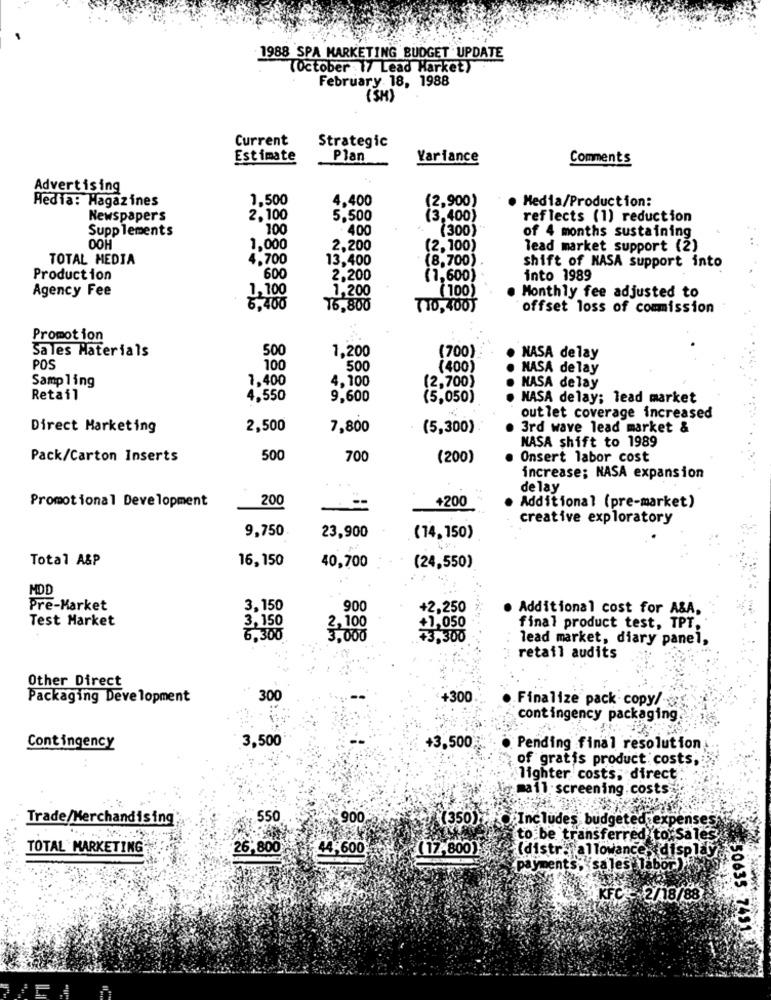
1988 SPA MARKETING BUDGET UPDATE
(October . 17 Lead Harket)
February 18, 1988
(SH)
Current
Strategic
Estimate
Plan
Variance
Comments
Advertising
Media: Magazines
1.500
4,400
(2,900)
. Media/Production:
Newspaper's
2,100
5.500
(3,400)
reflects (1) reduction
Supplements
100
400
(300)
of 4 months sustaining
OOH
1,000
2,200
(2,100)
lead market support (2)
TOTAL MEDIA
4.700
13,400
(8,700)
600
shift of NASA support into
Production
2,200
(1,600)
into 1989
Agency Fee
1,100
1,200
(100)
Monthly fee adjusted to
5,400
16,800
TTO,400)
offset loss of commission
Promotion
Sales Materials
500
1,200
(700)
NASA delay
POS
100
500
(400)
NASA delay
Sampling
7,400
4.100
(2,700)
NASA delay
Retail
4,550
9,600
(5,050)
NASA delay; lead market
outlet coverage increased
Direct Marketing
2,500
7,800
(5,300)
3rd wave lead market &
NASA shift to 1989
Pack/Carton Inserts
500
700
(200)
Onsert labor cost
increase; NASA expansion
de lay
200
+200
Promotional Development
Additional (pre-market)
creative exploratory
9,750
23,900
(14,150)
Total A&P
16,150
40,700
(24,550)
MDD
Pre-Market
3,150
900
+2,250
Additional cost for A&A,
Test Market
3,150
+1,050
2,100
final product test, TPT,
6,300
3,000
+3,300
lead market, diary panel,
retail audits
Other Direct
Packaging Development
300
+300
Finalize pack copy/
contingency packaging
3,500
Contingency
+3,500
Pending final resolution
of gratis product costs,
lighter costs; direct
mail screening.costs
Trade/Merchandising
550
900
(350) Includes budgeted expen
ito be transferred to Sales
TOTAL MARKETING
26,800
44,600
(17,800)
(distra allowance, di
etdisplay,
payments, sales
KFC 2/18/88
50635 7431